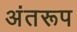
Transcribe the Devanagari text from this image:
अंतरूप